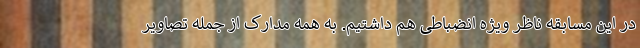
در این مسابقه ناظر ویژه انضباطی هم داشتیم. به همه مدارک از جمله تصاویر